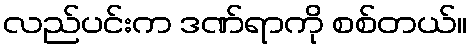
လည်ပင်းက ဒဏ်ရာကို စစ်တယ်။